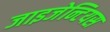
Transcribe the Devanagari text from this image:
जाइजेन्टियस